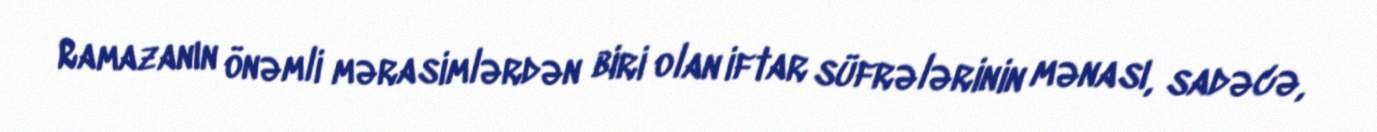
Ramazanın önəmli mərasimlərdən biri olan iftar süfrələrinin mənası, sadəcə,